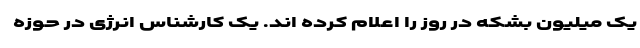
یک میلیون بشکه در روز را اعلام کرده اند. یک کارشناس انرژی در حوزه